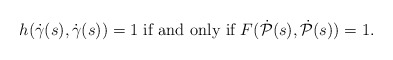
\begin{align*}h(\dot{\gamma}(s),\dot{\gamma}(s))=1 \textrm{ if and only if } F(\dot{\mathcal P}(s),\dot{\mathcal P}(s))=1. \end{align*}